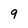
Character: 9